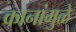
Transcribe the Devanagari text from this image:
कानांमुळे